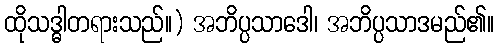
ထိုသဒ္ဓါတရားသည်။) အဘိပ္ပသာဒေါ၊ အဘိပ္ပသာဒမည်၏။